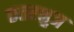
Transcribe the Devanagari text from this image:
छतरभुज